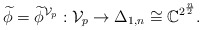
\begin{align*}\widetilde{\phi}=\widetilde{\phi}^{\mathcal{V}_p}: \mathcal{V}_p \rightarrow \Delta_{1,n} \cong \mathbb{C}^{2^{\frac{n}{2}}}.\end{align*}